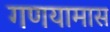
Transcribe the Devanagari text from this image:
गणयामास